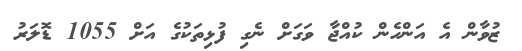
ޒުވާން އެ އަންހެން ކުއްޖާ ވަގަށް ނެގި ފުޅިތަކުގެ އަށް 1055 ޑޮލަރު